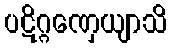
ပဋိဂ္ဂဏှေယျာသိ